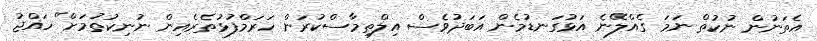
އެތަނުން ނުކުތް ނަމަ ގެއްލޭނެ އަޅުގަނޑުމެން އަބަދުވެސް އިލްތިމާސްކުރަން ހަރަމްފުޅުތެރެއިން ނުނިކުތުމަށް" ހައްޖު